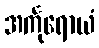
အင်္ကုရောယံ